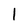
Character: l